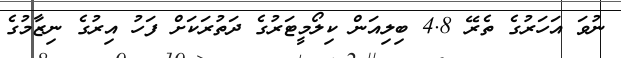
ނުވަ އަހަރުގެ ތެރޭ 4.8 ބިލިއަން ކިލޯމީޓަރުގެ ދަތުރަކަށް ފަހު އިރުގެ ނިޒާމުގެ